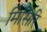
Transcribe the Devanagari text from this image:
मिसिरि